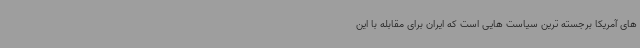
های آمریکا برجسته ترین سیاست هایی است که ایران برای مقابله با این